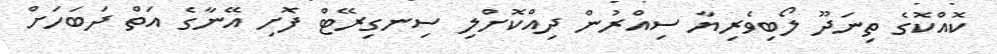
ކޮއްކޮގެ ތިނަދޫ ލޯބިވެރިޔާ ސިއްރުން ދިއްކޮށްލި ސިނގިރޭޓް ފޮށި އޭނާގެ އަތް ދަބަހަށް